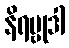
နိရဗ္ဗုဒါ